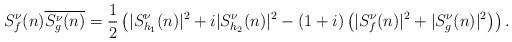
LaTeX: \begin{align*}S^\nu_f(n)\overline{S^\nu_g(n)} = \frac{1}{2} \left( |S^\nu_{h_1}(n)|^2+ i |S^\nu_{h_2}(n)|^2-(1+i)\left( |S^\nu_f(n)|^2+|S^\nu_g(n)|^2 \right) \right).\end{align*}